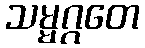
သမ္မဂ္ဂတေ